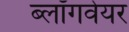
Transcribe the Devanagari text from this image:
ब्लॉगवेयर